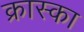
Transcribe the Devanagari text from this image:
क्रास्का